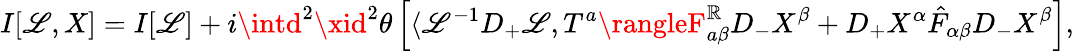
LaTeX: I[\mathscr{L},X]=I[\mathscr{L}]+i\intd^{2}\xid^{2}\theta\left[\langle\mathscr{L}^{-1}D_{+}\mathscr{L},T^{a}\rangleF_{a\beta}^{\mathbb{R}}D_{-}X^{\beta}+D_{+}X^{\alpha}\hat{{F}}_{\alpha\beta}D_{-}X^{\beta}\right],